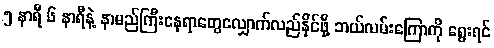
၅ နာရီ ၆ နာရီနဲ့ နာမည်ကြီးနေရာတွေလျှောက်လည်နိုင်ဖို့ ဘယ်လမ်းကြောကို ရွေးရင်